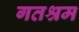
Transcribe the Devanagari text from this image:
गतश्रम